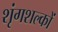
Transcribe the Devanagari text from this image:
शृंगशल्कों